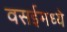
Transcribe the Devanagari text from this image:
वसईमध्ये